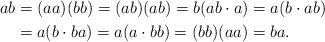
LaTeX: \begin{align*}ab & =(aa)(bb)=(ab)(ab)=b(ab\cdot a)=a(b\cdot ab)\\ & =a(b\cdot ba)=a(a\cdot bb)=(bb)(aa)=ba.\end{align*}